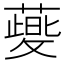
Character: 𬞯